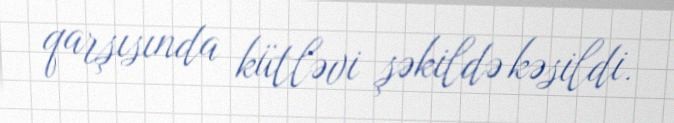
qarşısında kütləvi şəkildə kəsildi.